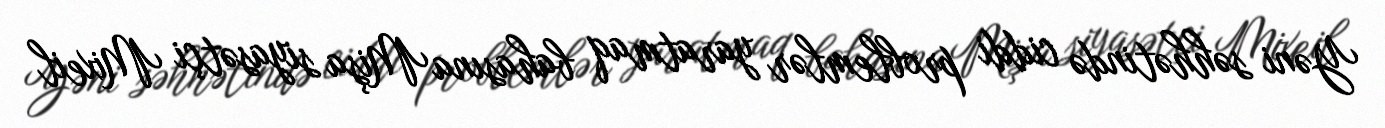
Yəni səhhətində ciddi problemlər yaratmaq bahasına Mişa siyasətçi Mixeil